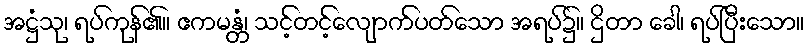
အဋ္ဌံသု၊ ရပ်ကုန်၏။ ဧကမန္တံ၊ သင့်တင့်လျောက်ပတ်သော အရပ်၌။ ဌိတာ ခေါ၊ ရပ်ပြီးသော။